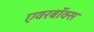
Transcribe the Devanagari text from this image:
एवरबॉक्स